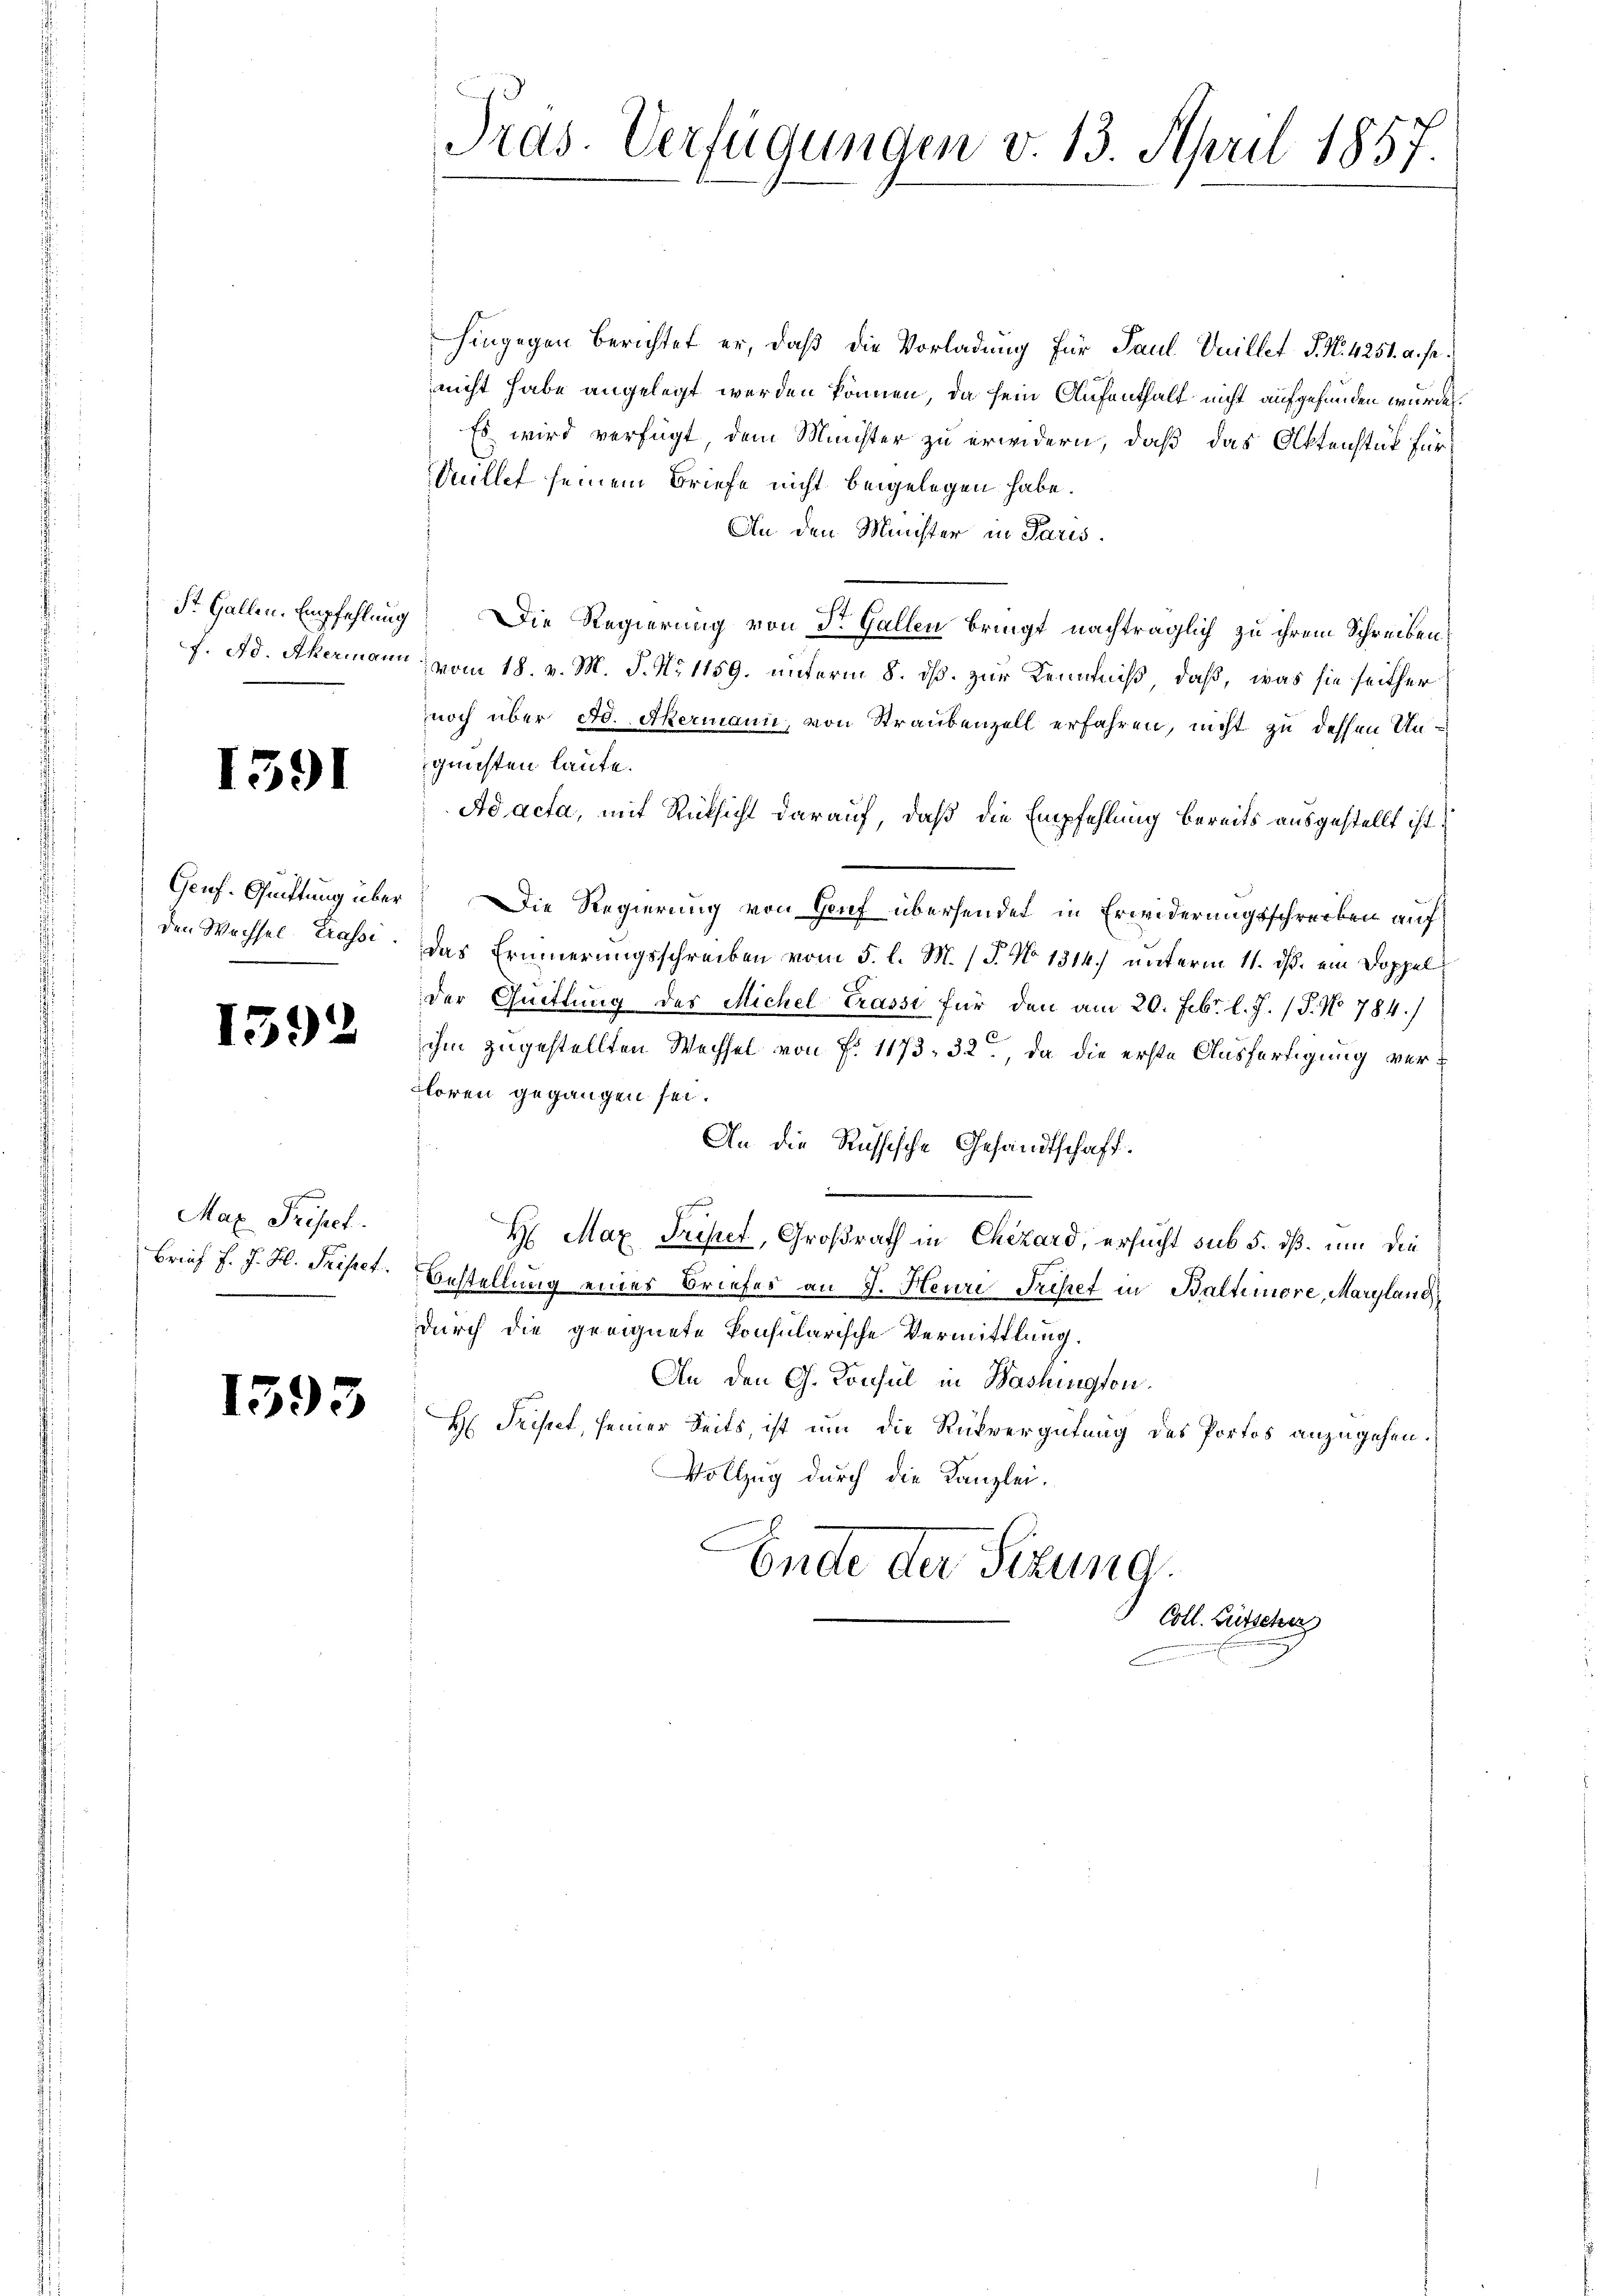
1591

den Wechsel Erassi

1392

Max Prisect.
Brief F. J. H. Preiset.

1593

hingegen berichtet er, daß die Vorladung für Paul Vuillet S. N. 4251. a. s.
nicht habe angelegt werden können, da sein Aufenthalt nicht aufgefunden wurde.
Es wird verfügt, dem Minister zu erwidern, daß das Aktenstück für
Autlef seinem Briefe nicht beigelegen habe.
An den Minister in Paris.
St. Gallen. Empfehlung Die Regierung von Dr. Gallen bringt nachträglich zu ihrem Schreiben
f. Ad. Akermann vom 18. v. M. J. No 1159. unterm 8. ds. zur Kenntniß, daß, was sie seither
noch über Ao. Akermann, von Straubenzell erfahren, nicht zu dessen Ungunsten laute.
Ad acta, mit Rücksicht darauf, daß die Empfehlung bereits ausgestellt ist.
Genf. Quittung über Die Regierung von Genf übersendet in Erwiderungsschreiben auf
das Erinnerungsschrecken vom 5. l. M. (T. No 1314.) unterm 11. ds. ein Doppelder Quittung des Michel trasse für den am 20. Febr. l. J. (T. No 784.)
ihm zugestellten Wechsel von P. 1173. 32, da die erste Ausfertigung ver¬
Floren gegangen sei.
An die Russische Gesandtschaft.

H. Max Friser, Großrath in Chizard, ersucht sub 5. dß. um die
Bestellung eines Briefes an J. Heure Trepet in Baltimore, Maryland
durch die geeignete konsularische Vermittlung.
An den G. Konsul in Washington,
H: Fristet, seiner Seits, ist um die Rückvergütung des Portos anzugehen.
Vollzug durch die Kanzlei.
Ende der Sitzung.

Tras. Verfügungen v. 13. April 1857.

Coll. Lütscher